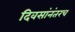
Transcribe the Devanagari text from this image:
दिवसांनंतरच